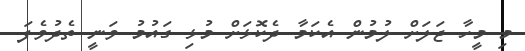
މި މީހާ ޖަލަށް ލުމުން އެކަމާ ދެކޮޅަށް މުޅި ގައުމު ވަނީ ތެދުވެފަ